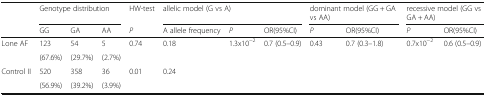
<table><thead><tr><td rowspan="2"></td><td colspan="3"><b>Genotype distribution</b></td><td><b>HW-test</b></td><td colspan="3"><b>allelic model (G vs A)</b></td><td colspan="2"><b>dominant model (GG + GA vs AA)</b></td><td colspan="2"><b>recessive model (GG vs GA + AA)</b></td></tr><tr><td><b>GG</b></td><td><b>GA</b></td><td><b>AA</b></td><td><b><i>P</i></b></td><td><b>A allele frequency</b></td><td><b><i>P</i></b></td><td><b>OR(95%CI)</b></td><td><b><i>P</i></b></td><td><b>OR(95%CI)</b></td><td><b><i>P</i></b></td><td><b>OR(95%CI)</b></td></tr></thead><tbody><tr><td rowspan="2">Lone AF</td><td>123</td><td>54</td><td>5</td><td rowspan="2">0.74</td><td rowspan="2">0.18</td><td rowspan="4">1.3x10<sup>−2</sup></td><td rowspan="4">0.7 (0.5–0.9)</td><td rowspan="4">0.43</td><td rowspan="4">0.7 (0.3–1.8)</td><td rowspan="4">0.7x10<sup>−2</sup></td><td rowspan="4">0.6 (0.5–0.9)</td></tr><tr><td>(67.6%)</td><td>(29.7%)</td><td>(2.7%)</td></tr><tr><td rowspan="2">Control II</td><td>520</td><td>358</td><td>36</td><td rowspan="2">0.01</td><td rowspan="2">0.24</td></tr><tr><td>(56.9%)</td><td>(39.2%)</td><td>(3.9%)</td></tr></tbody></table>